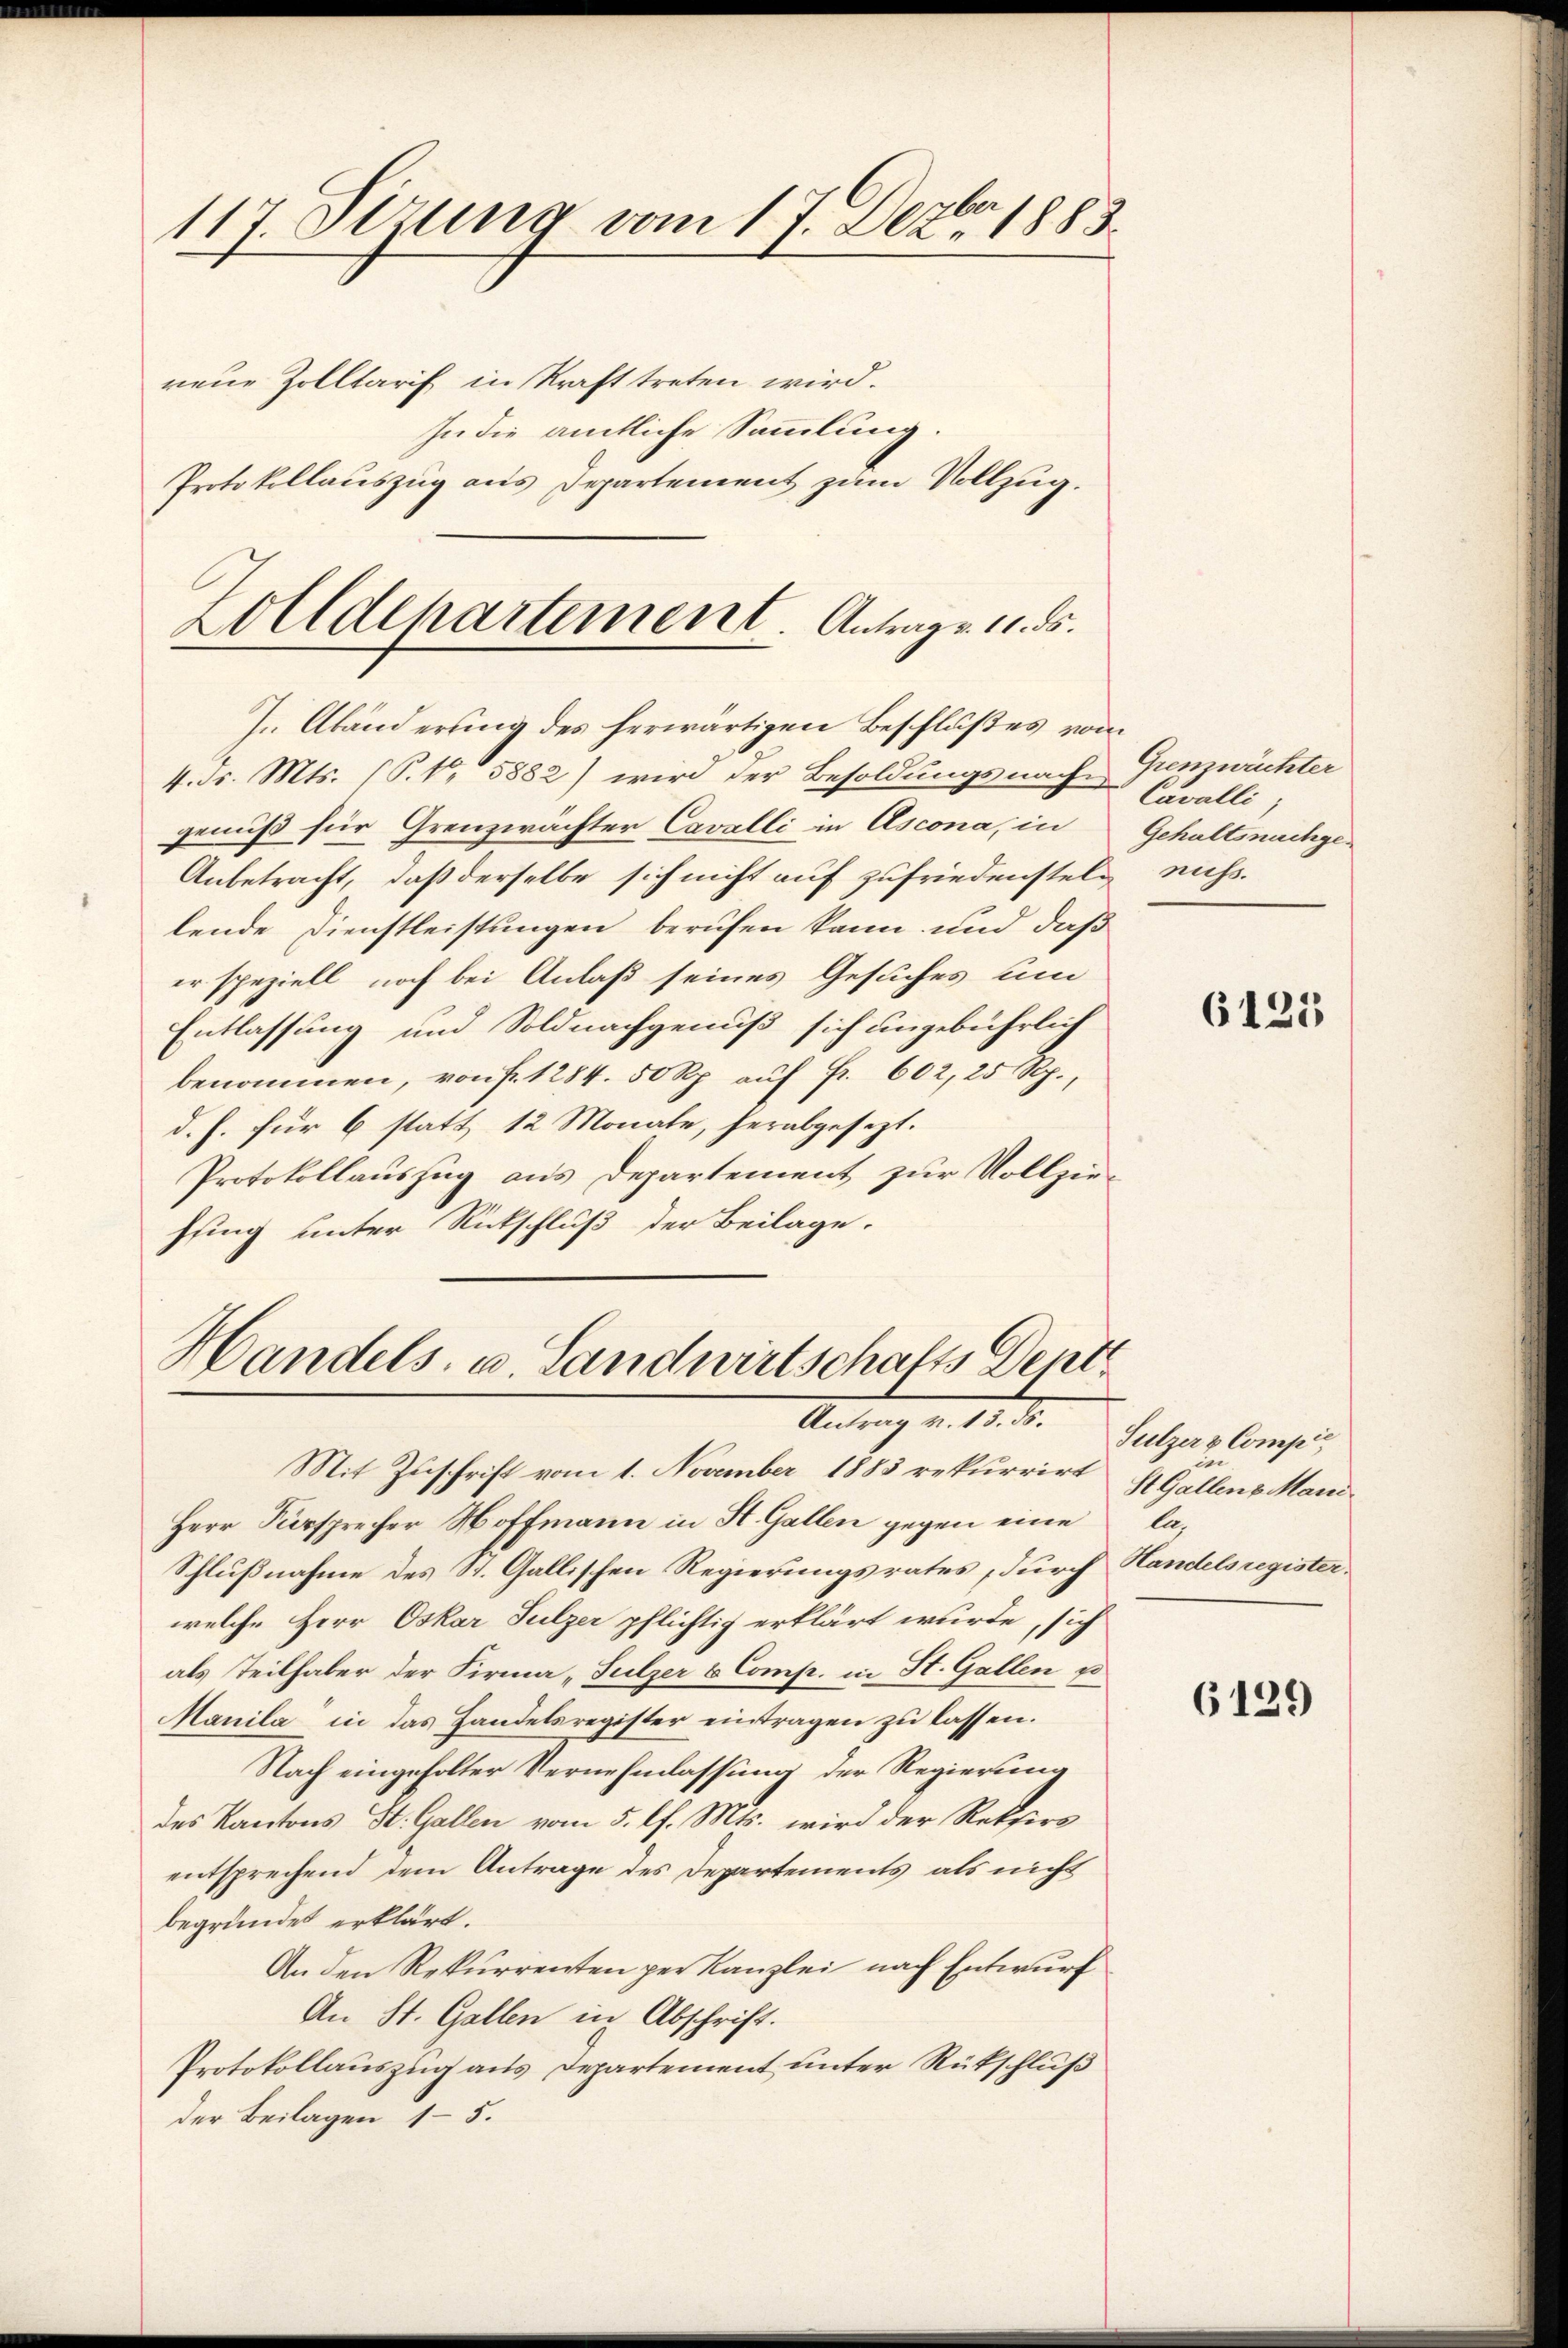
117. Stzung vom 17. Dezbr 1883.
rene Zolltarif in Kraft treten wird.

In die amtliche Sammlung.
Protokollauszug aus Departement zum Vollzug.

Zolldepartement. Antrage 11. 55.
J. Abänderung des herwärtigen Beschlußes vom

4. dr. Mts. (S. Nr. 5882) wird der Besoldungsnach Grenzurichter
genuß für Grenzwächter Cavalli in Ascona, in
Anbetracht, daß derselbe sich nicht auf zufriedensteln nicht.
lende Dienstleistungen berufen kann und daß
er speziell noch bei Anlaß seines Gesuches um
Entlassung und Soldnachgenuß sich ungebührlich
benommen, von fr. 1284. 50 Rp. auf Fr. 602, 25 Rp.,
d. h. für 6 statt 12 Monate, herabgesezt.
Protokollauszug aus Departement zur Vollziehung unter Rückschluß der Beilage.

Handels- u. Landwirtschafts Dent
Antrag v. 18. d.

Mit Zuschrift vom 1. November 1883 rekurrirt
Herr Fürsprecher Hoffmann in St. Gallen gegen eine
Schlußnahme des St. Gallischen Regierungsrates, durch
welche Herr Oskar Sulzer pflichtig erklärt wurde, sich
als Teilhaber der Firma „Sulzer & Comp. in St. Gallen po
Manila in das Handelsregister eintragen zu lassen.
Nach eingeholter Vernehmlassung der Regierung
des Kantons St. Gallen vom 5. l. Mts. wird der Rektors
entsprechend dem Antrage des Departements als nicht
begründet erklärt.
An den Rekurrenten per Kanzlei nach Entwurf
An St. Gallen in Abschrift.
Protokollauszug aus Departement unter Rükschluß
der Beilagen 15.

Cavalli,
Gehaltsnachge

6125

Sulzer & Compis
St. Gallens Mani
le,
Handelsregister.

6129